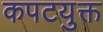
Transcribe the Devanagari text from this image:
कपटयुक्त